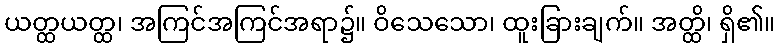
ယတ္ထယတ္ထ၊ အကြင်အကြင်အရာ၌။ ဝိသေသော၊ ထူးခြားချက်။ အတ္ထိ၊ ရှိ၏။